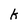
Character: k